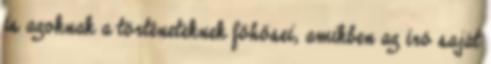
is azoknak a történeteknek főhősei, amikben az író saját